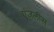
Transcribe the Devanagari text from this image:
एंजलीस